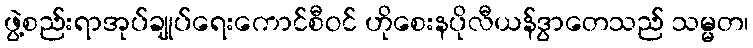
ဖွဲ့စည်းရာအုပ်ချုပ်ရေးကောင်စီဝင် ဟိုစေးနပိုလီယန်ဒွာတေသည် သမ္မတ၊